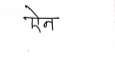
मजकूर: ऐन